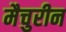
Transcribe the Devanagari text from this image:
मैचुरीन